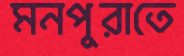
মনপুরাতে